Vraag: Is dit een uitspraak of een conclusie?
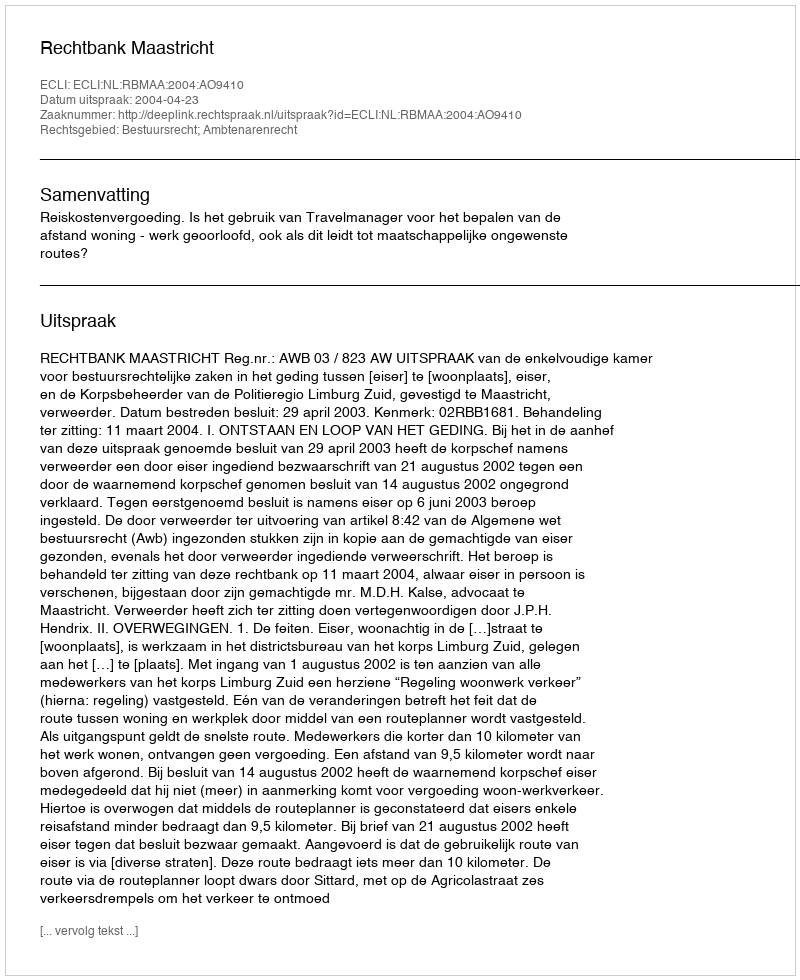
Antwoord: Uitspraak